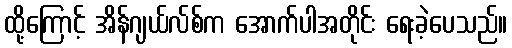
ထို့ကြောင့် အိန်ဂျယ်လ်စ်က အောက်ပါအတိုင်း ရေးခဲ့ပေသည်။